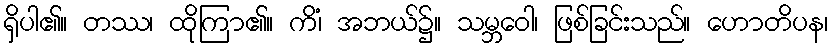
ရှိပါ၏။ တဿ၊ ထိုကြာ၏။ ကိံ၊ အဘယ်၌။ သမ္ဘဝေါ၊ ဖြစ်ခြင်းသည်။ ဟောတိပန၊